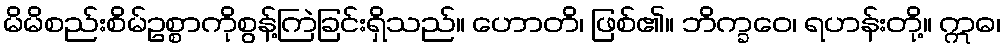
မိမိစည်းစိမ်ဥစ္စာကိုစွန့်ကြဲခြင်းရှိသည်။ ဟောတိ၊ ဖြစ်၏။ ဘိက္ခဝေ၊ ရဟန်းတို့။ ဣဓ၊